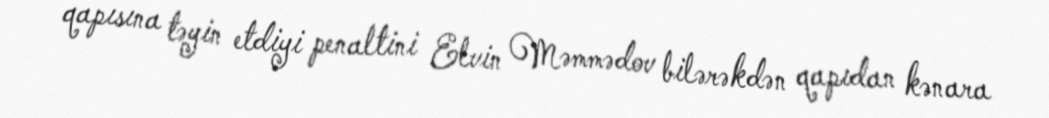
qapısına təyin etdiyi penaltini Elvin Məmmədov bilərəkdən qapıdan kənara